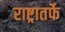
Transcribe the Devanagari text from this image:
राष्ट्रातर्फे